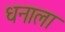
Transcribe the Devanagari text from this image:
धनाला